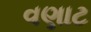
વણાટ